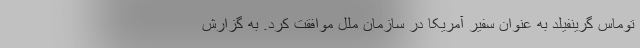
توماس گرینفیلد به عنوان سفیر آمریکا در سازمان ملل موافقت کرد. به گزارش